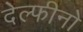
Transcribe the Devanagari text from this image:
देल्फीनो